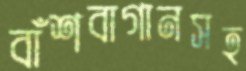
বাঁশবাগানসহ